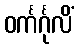
ဝင်္ကင်္ဂုလိံ